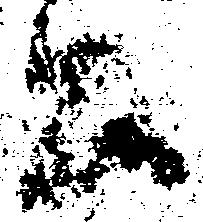
公